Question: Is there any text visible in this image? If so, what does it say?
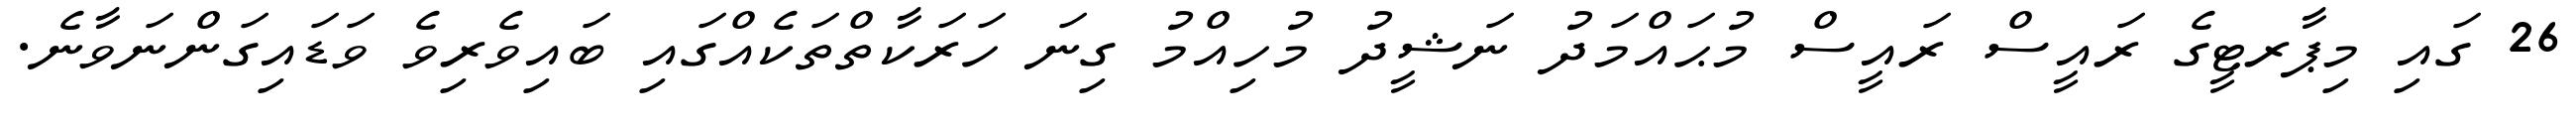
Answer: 26 ގައި މިޕާރޓީގެ ރައީސް ރައީސް މުޙައްމަދު ނަޝީދު މުހިއްމު ގިނަ ހަރަކާތްތަކެއްގައި ބައިވެރިވެ ވަޑައިގަންނަވާނެ.